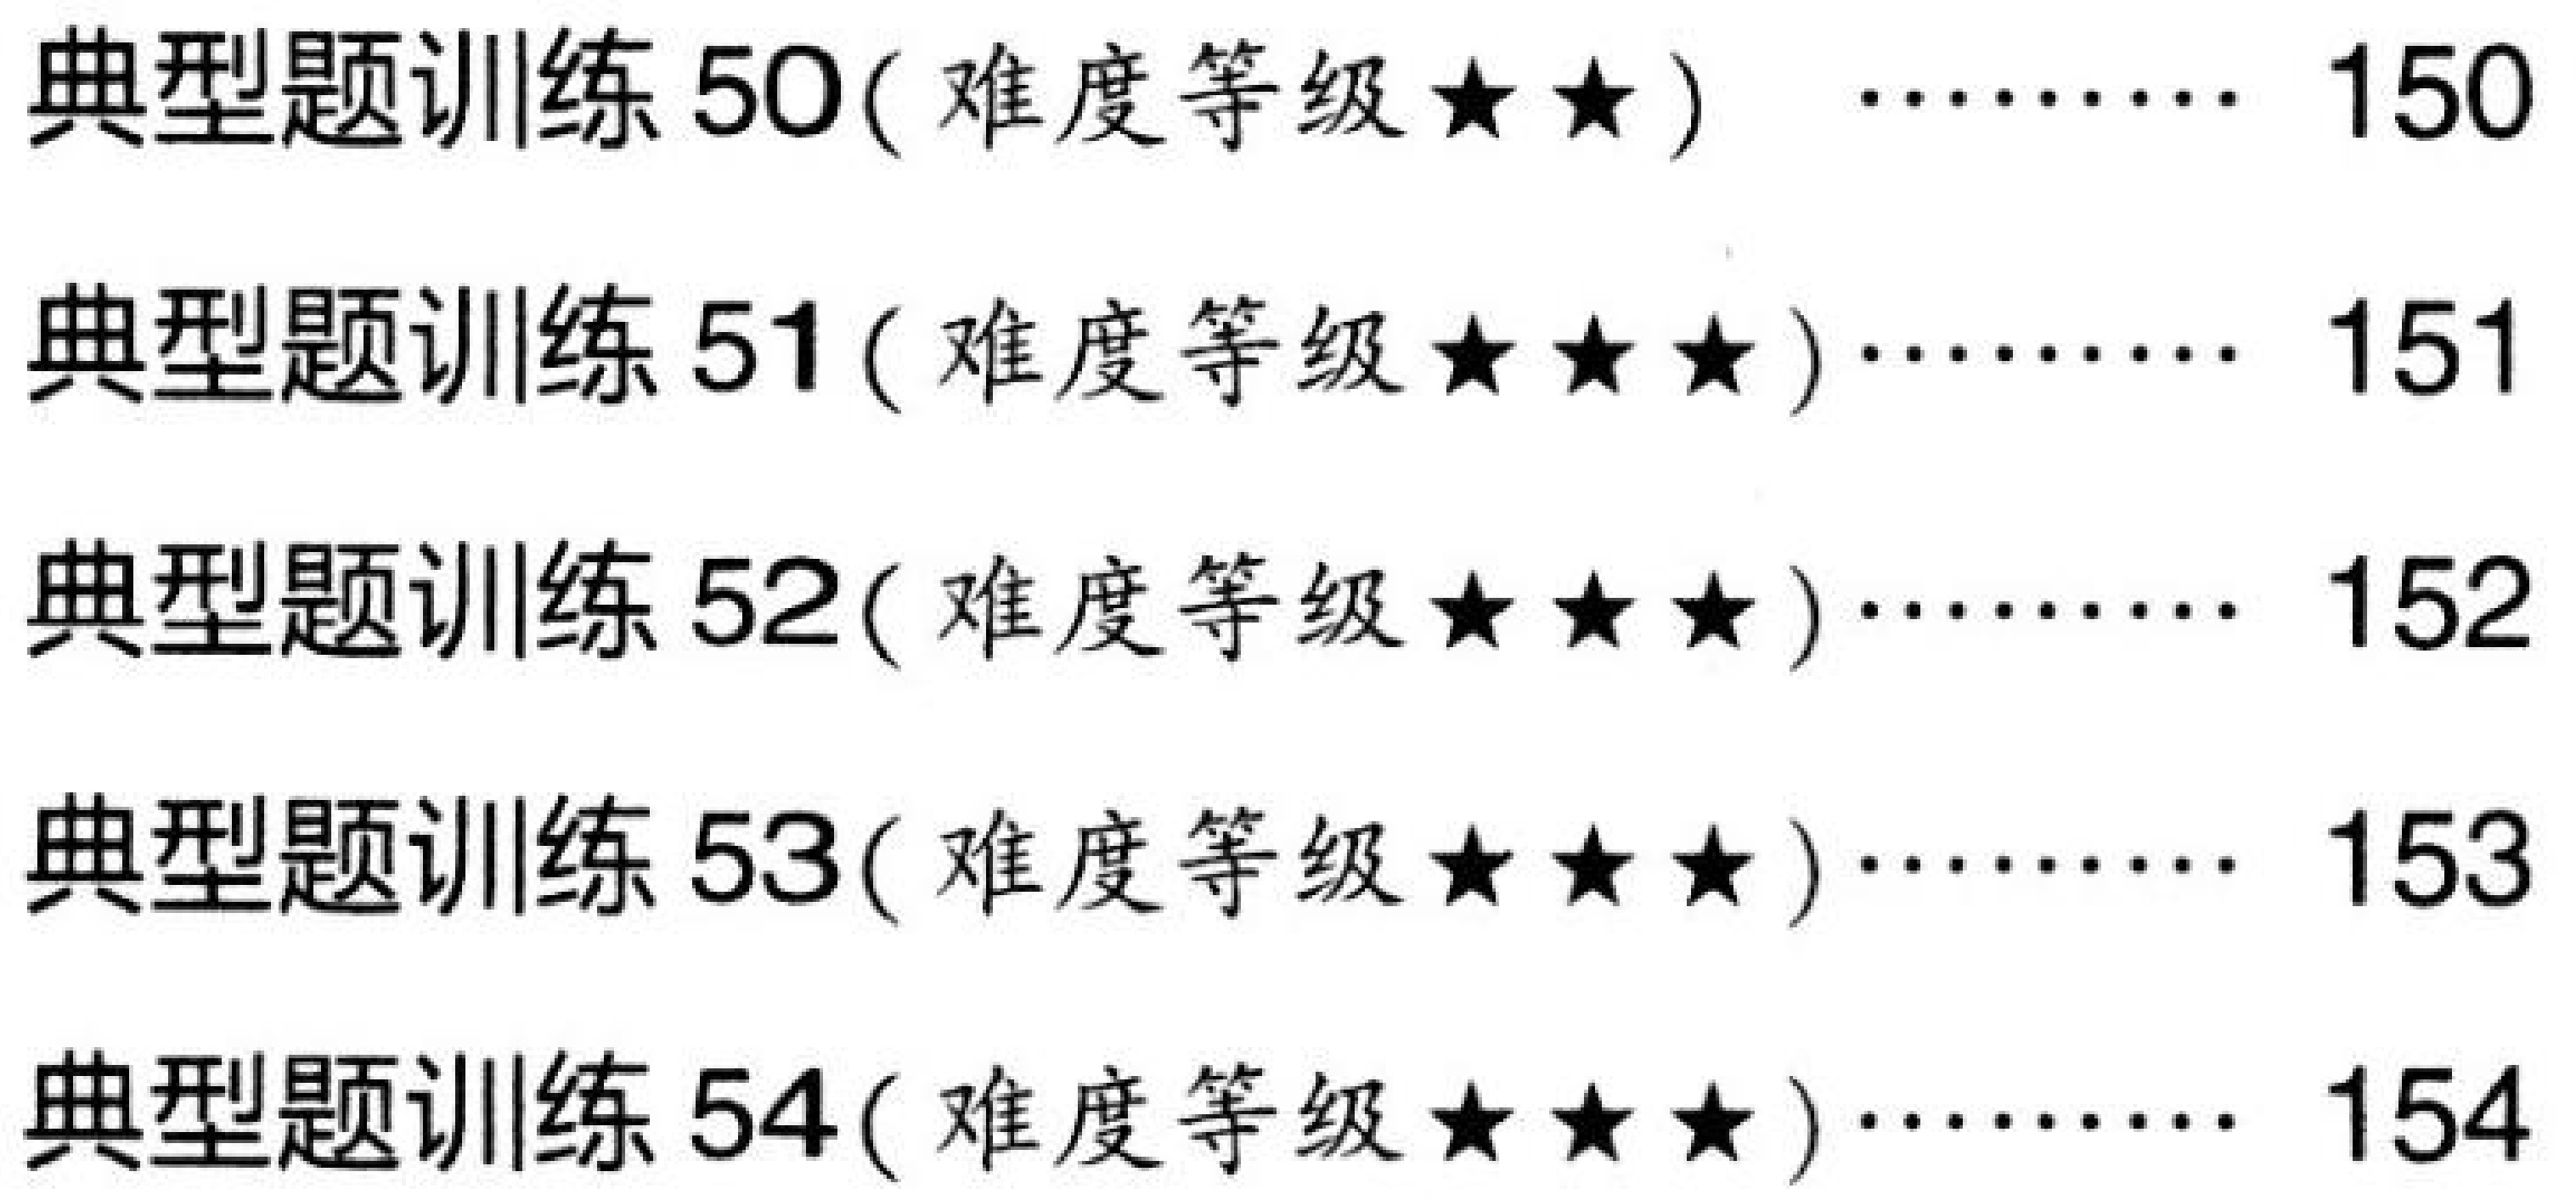
\begin{itemize}
\item 典型题训练 50(难度等级$\star\star$) \hfill 150
\item 典型题训练 51(难度等级$\star\star\star$) \hfill 151
\item 典型题训练 52(难度等级$\star\star\star$) \hfill 152
\item 典型题训练 53(难度等级$\star\star\star$) \hfill 153
\item 典型题训练 54(难度等级$\star\star\star$) \hfill 154
\end{itemize}